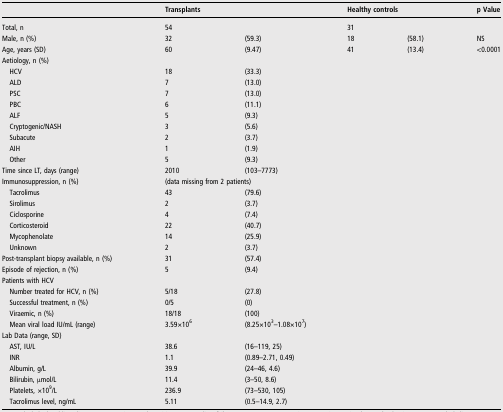
<table><thead><tr><td></td><td colspan="2"><b>Transplants</b></td><td colspan="2"><b>Healthy controls</b></td><td><b>p Value</b></td></tr></thead><tbody><tr><td>Total, n</td><td>54</td><td></td><td>31</td><td></td><td></td></tr><tr><td>Male, n (%)</td><td>32</td><td>(59.3)</td><td>18</td><td>(58.1)</td><td>NS</td></tr><tr><td>Age, years (SD)</td><td>60</td><td>(9.47)</td><td>41</td><td>(13.4)</td><td>&lt;0.0001</td></tr><tr><td colspan="6">Aetiology, n (%)</td></tr><tr><td> HCV</td><td>18</td><td>(33.3)</td><td></td><td></td><td></td></tr><tr><td> ALD</td><td>7</td><td>(13.0)</td><td></td><td></td><td></td></tr><tr><td> PSC</td><td>7</td><td>(13.0)</td><td></td><td></td><td></td></tr><tr><td> PBC</td><td>6</td><td>(11.1)</td><td></td><td></td><td></td></tr><tr><td> ALF</td><td>5</td><td>(9.3)</td><td></td><td></td><td></td></tr><tr><td> Cryptogenic/NASH</td><td>3</td><td>(5.6)</td><td></td><td></td><td></td></tr><tr><td> Subacute</td><td>2</td><td>(3.7)</td><td></td><td></td><td></td></tr><tr><td> AIH</td><td>1</td><td>(1.9)</td><td></td><td></td><td></td></tr><tr><td> Other</td><td>5</td><td>(9.3)</td><td></td><td></td><td></td></tr><tr><td>Time since LT, days (range)</td><td>2010</td><td>(103–7773)</td><td></td><td></td><td></td></tr><tr><td>Immunosuppression, n (%)</td><td colspan="3">(data missing from 2 patients)</td><td></td><td></td></tr><tr><td> Tacrolimus</td><td>43</td><td>(79.6)</td><td></td><td></td><td></td></tr><tr><td> Sirolimus</td><td>2</td><td>(3.7)</td><td></td><td></td><td></td></tr><tr><td> Ciclosporine</td><td>4</td><td>(7.4)</td><td></td><td></td><td></td></tr><tr><td> Corticosteroid</td><td>22</td><td>(40.7)</td><td></td><td></td><td></td></tr><tr><td> Mycophenolate</td><td>14</td><td>(25.9)</td><td></td><td></td><td></td></tr><tr><td> Unknown</td><td>2</td><td>(3.7)</td><td></td><td></td><td></td></tr><tr><td>Post-transplant biopsy available, n (%)</td><td>31</td><td>(57.4)</td><td></td><td></td><td></td></tr><tr><td>Episode of rejection, n (%)</td><td>5</td><td>(9.4)</td><td></td><td></td><td></td></tr><tr><td colspan="6">Patients with HCV</td></tr><tr><td> Number treated for HCV, n (%)</td><td>5/18</td><td>(27.8)</td><td></td><td></td><td></td></tr><tr><td> Successful treatment, n (%)</td><td>0/5</td><td>(0)</td><td></td><td></td><td></td></tr><tr><td> Viraemic, n (%)</td><td>18/18</td><td>(100)</td><td></td><td></td><td></td></tr><tr><td> Mean viral load IU/mL (range)</td><td>3.59×10<sup>6</sup></td><td colspan="2">(8.25×10<sup>3</sup>–1.08×10<sup>7</sup>)</td><td></td><td></td></tr><tr><td colspan="6">Lab Data (range, SD)</td></tr><tr><td> AST, IU/L</td><td>38.6</td><td>(16–119, 25)</td><td></td><td></td><td></td></tr><tr><td> INR</td><td>1.1</td><td>(0.89–2.71, 0.49)</td><td></td><td></td><td></td></tr><tr><td> Albumin, g/L</td><td>39.9</td><td>(24–46, 4.6)</td><td></td><td></td><td></td></tr><tr><td> Bilirubin, μmol/L</td><td>11.4</td><td>(3–50, 8.6)</td><td></td><td></td><td></td></tr><tr><td> Platelets, ×10<sup>9</sup>/L</td><td>236.9</td><td>(73–530, 105)</td><td></td><td></td><td></td></tr><tr><td> Tacrolimus level, ng/mL</td><td>5.11</td><td>(0.5–14.9, 2.7)</td><td></td><td></td><td></td></tr></tbody></table>